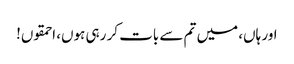
اور ہاں، میں تم سے بات کر رہی ہوں، احمقوں!